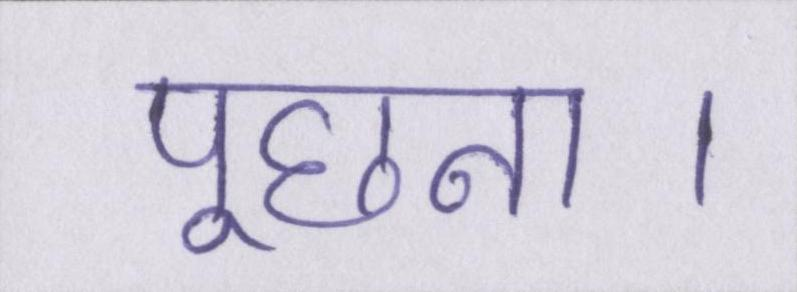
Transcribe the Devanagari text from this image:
पूछना।